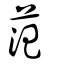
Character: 范